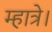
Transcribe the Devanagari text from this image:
म्हात्रे।